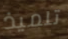
تلميذ